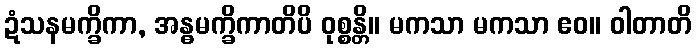
ဍံသနမက္ခိကာ, အန္ဓမက္ခိကာတိပိ ဝုစ္စန္တိ။ မကသာ မကသာ ဧဝ။ ဝါတာတိ